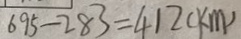
6 9 5 - 2 8 3 = 4 1 2 ( k m )